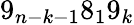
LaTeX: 9_{n-k-1}8_{1}9_{k}